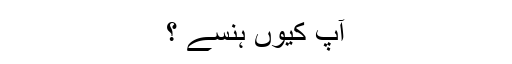
آپ کیوں ہنسے ؟